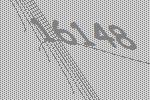
16148